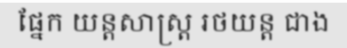
ផ្នែក យន្តសាស្ត្រ រថយន្ត ជាង